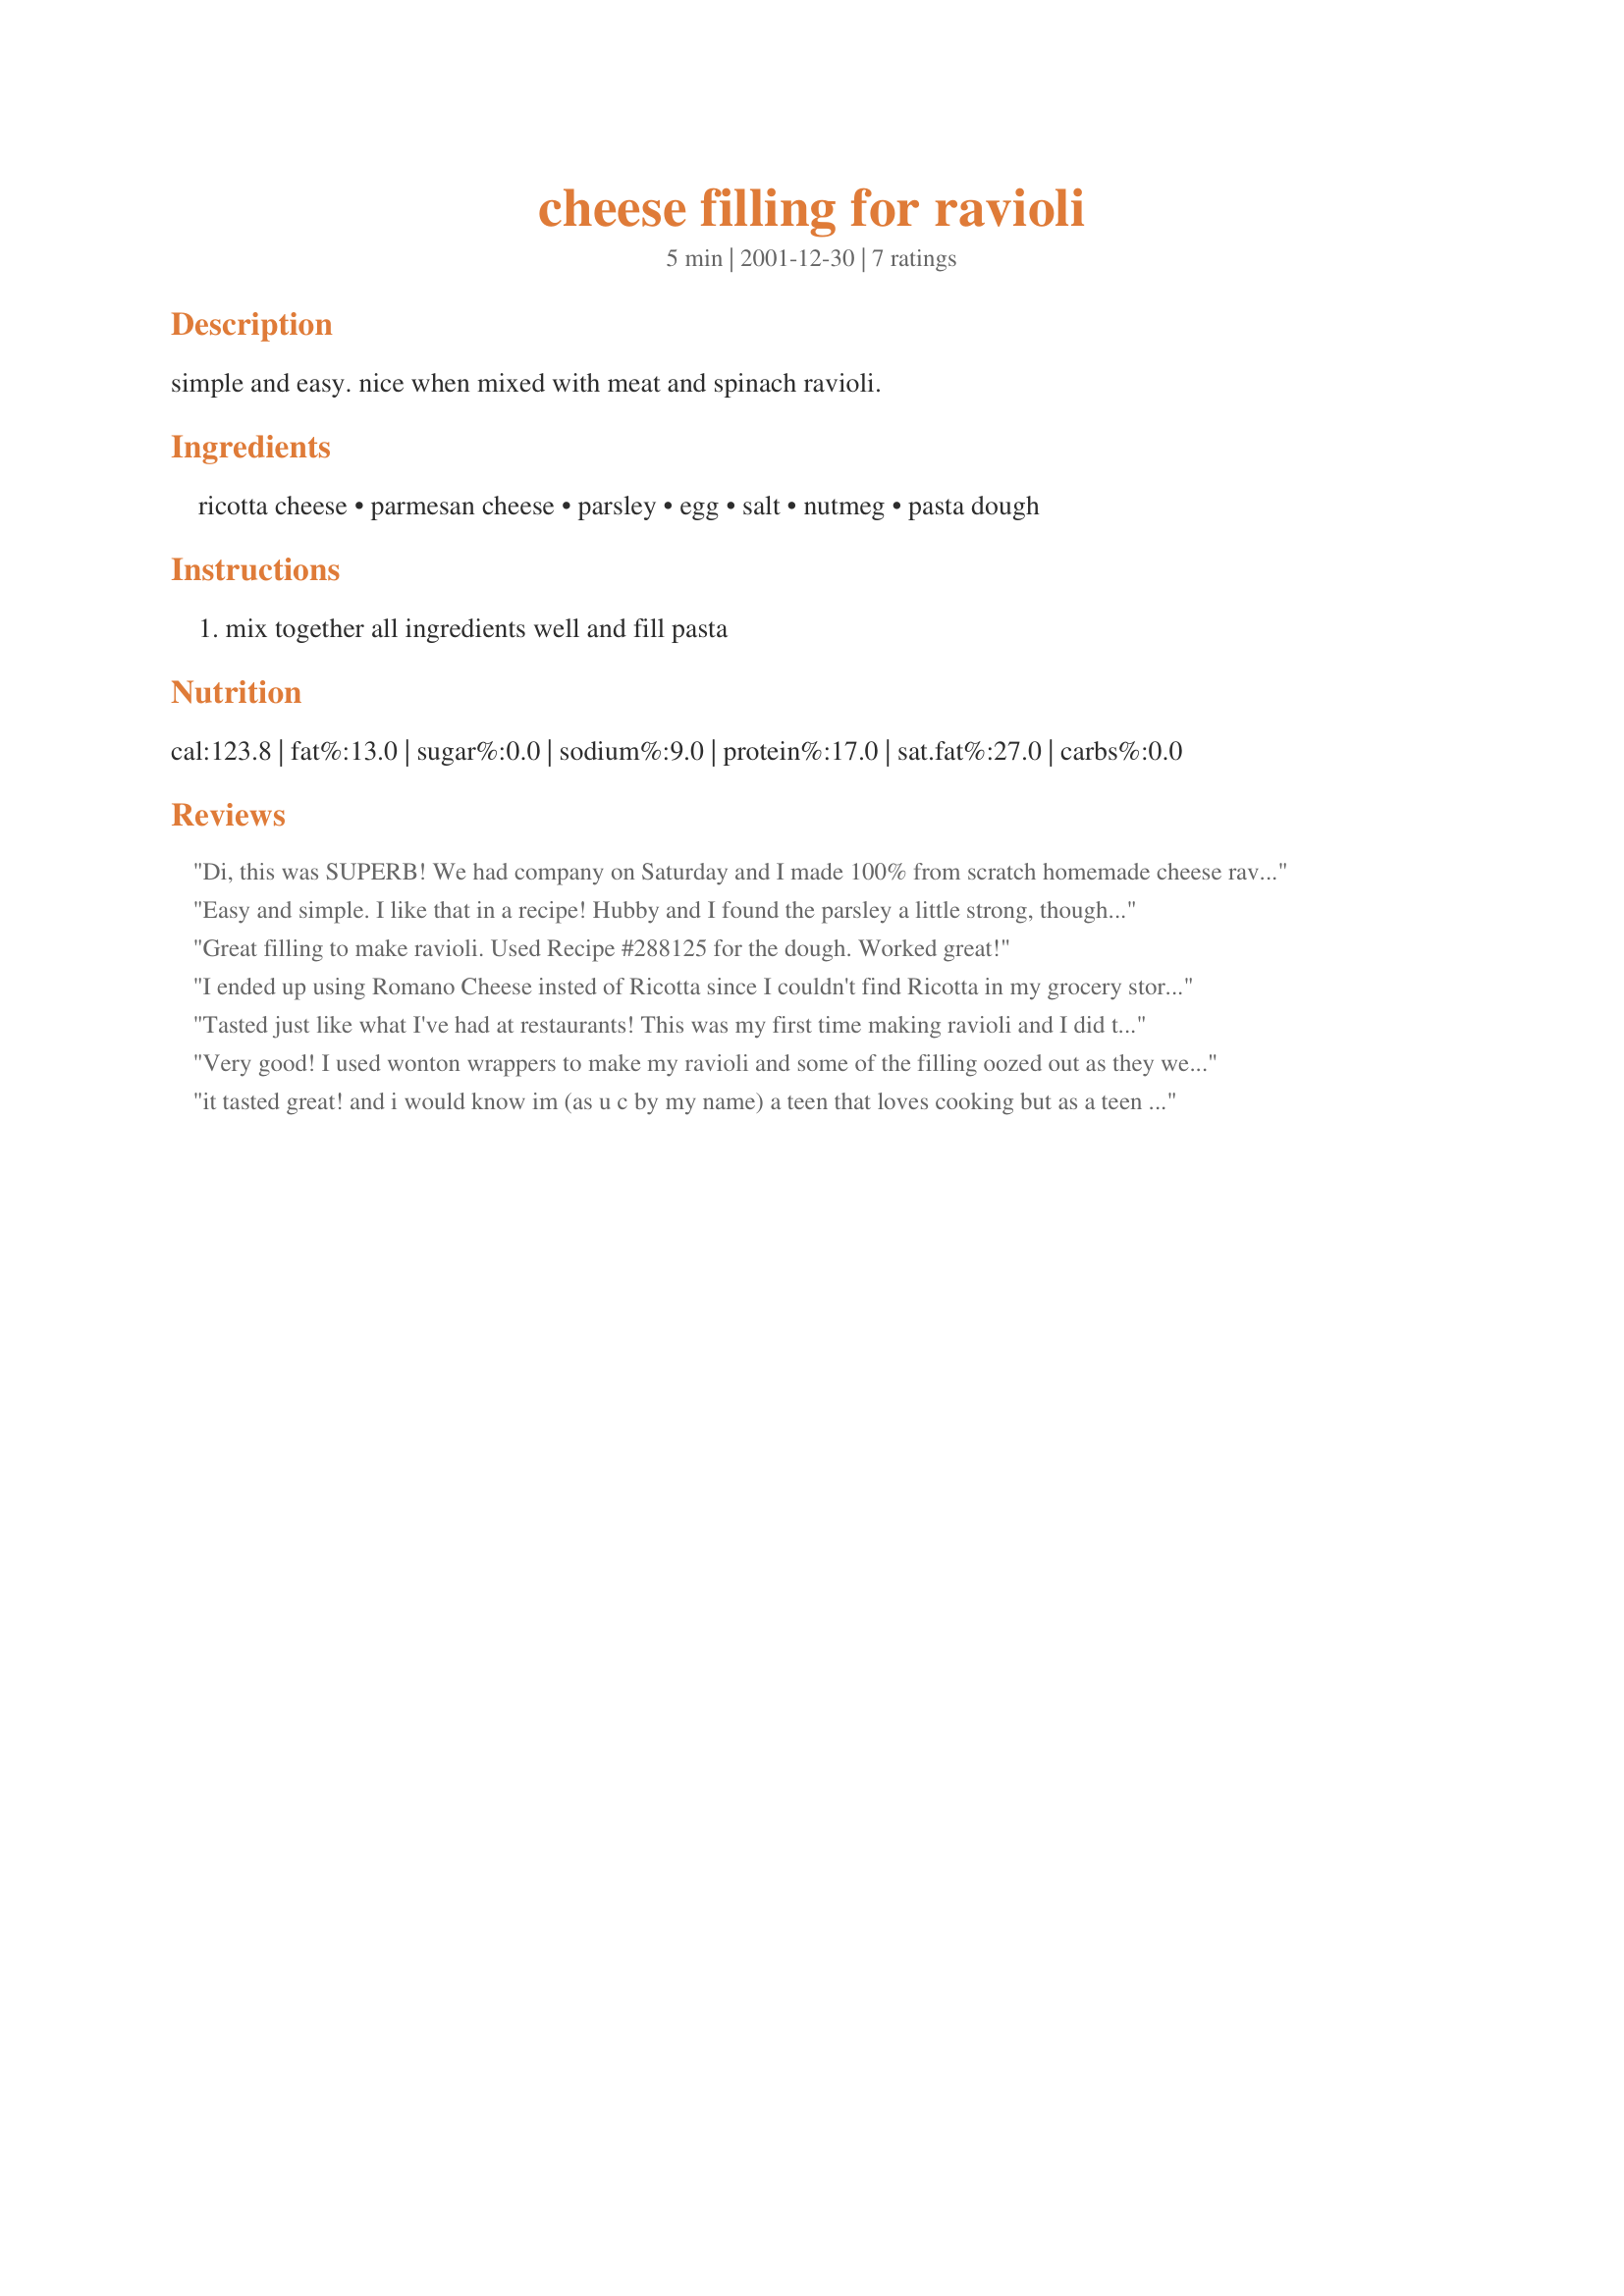
cheese filling for ravioli
Preparation time: 5 minutes

simple and easy. nice when mixed with meat and spinach ravioli.

Ingredients:
ricotta cheese, parmesan cheese, parsley, egg, salt, nutmeg, pasta dough

Steps:
mix together all ingredients well and fill pasta

Reviews:
Di, this was SUPERB! We had company on Saturday and I made 100% from scratch homemade cheese ravioli's with your filling and my homemade pasta (recipe #288125). Everyone loved it! Better than Olive Garden! As always, thanks Di for yet another wonderful recipe!
Easy and simple. I like that in a recipe! Hubby and I found the parsley a little strong, though, so we'll probably cut back on it next time or perhaps try another herb.
Great filling to make ravioli. Used Recipe #288125 for the dough. Worked great!
I ended up using Romano Cheese insted of Ricotta since I couldn't find Ricotta in my grocery store and it turned out great. The mixture wasn't too runny and it worked perfectly for the ravioli (sp???) I made.
Tasted just like what I've had at restaurants! This was my first time making ravioli and I did the dough by hand (with the help of my stand mixer and a rolling pin). In an hour I made 16 good-sized ravioli--doesn't sound like a lot, but after my husband & I had seconds there were 7 left over...and I still have half of the cheese mix left-- I'm sure I could have gotten more ravioli out of this if I was better at rolling the dough thin or if I used a machine the way sane people do :) It was fun and really good! I made a quick homemade sauce with diced canned tomatoes to go with it. We'll make it again with this filling. Thanks DiB's!
Very good! I used wonton wrappers to make my ravioli and some of the filling oozed out as they were boiling, but the flavor of this filling was great!
it tasted great! and i would know im (as u c by my name) a teen that loves cooking but as a teen im a very picky eater. this tasted great!!!!!!! i look forward to making this filling for my pasta again and again!
